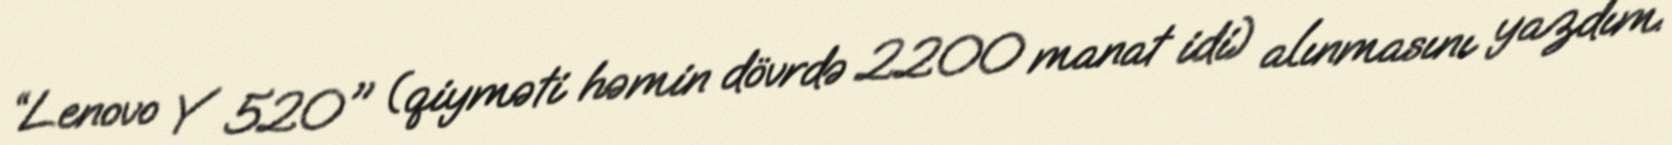
“Lenovo Y 520" (qiyməti həmin dövrdə 2200 manat idi) alınmasını yazdım.